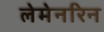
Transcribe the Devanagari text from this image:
लेमेनरिन